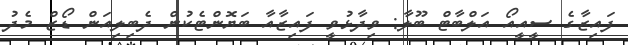
ފައިޒާގެ ސީއީއޯ އަލްބާޓް ބޫލާ: ވިދާޅުވީ ފައިޒާއާ ބަޔޮންޓެކުން ދެބިލިއަން ޑޯޒް މެދު